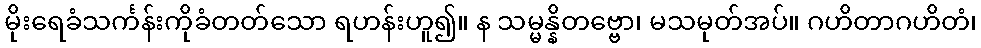
မိုးရေခံသင်္ကန်းကိုခံတတ်သော ရဟန်းဟူ၍။ န သမ္မန္နိတဗ္ဗော၊ မသမုတ်အပ်။ ဂဟိတာဂဟိတံ၊